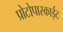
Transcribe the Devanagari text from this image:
प्रोटोपास्काईट